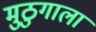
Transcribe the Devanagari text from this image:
मुठुगाला